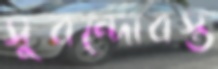
সুবন্দোবস্ত